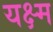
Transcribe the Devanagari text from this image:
यक्ष्म